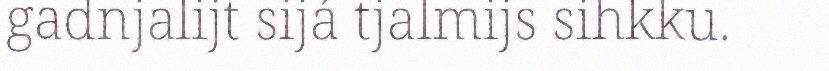
gadnjalijt sijá tjalmijs sihkku.